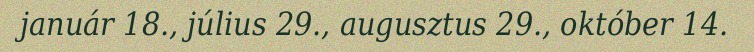
január 18., július 29., augusztus 29., október 14.